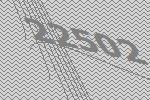
22502